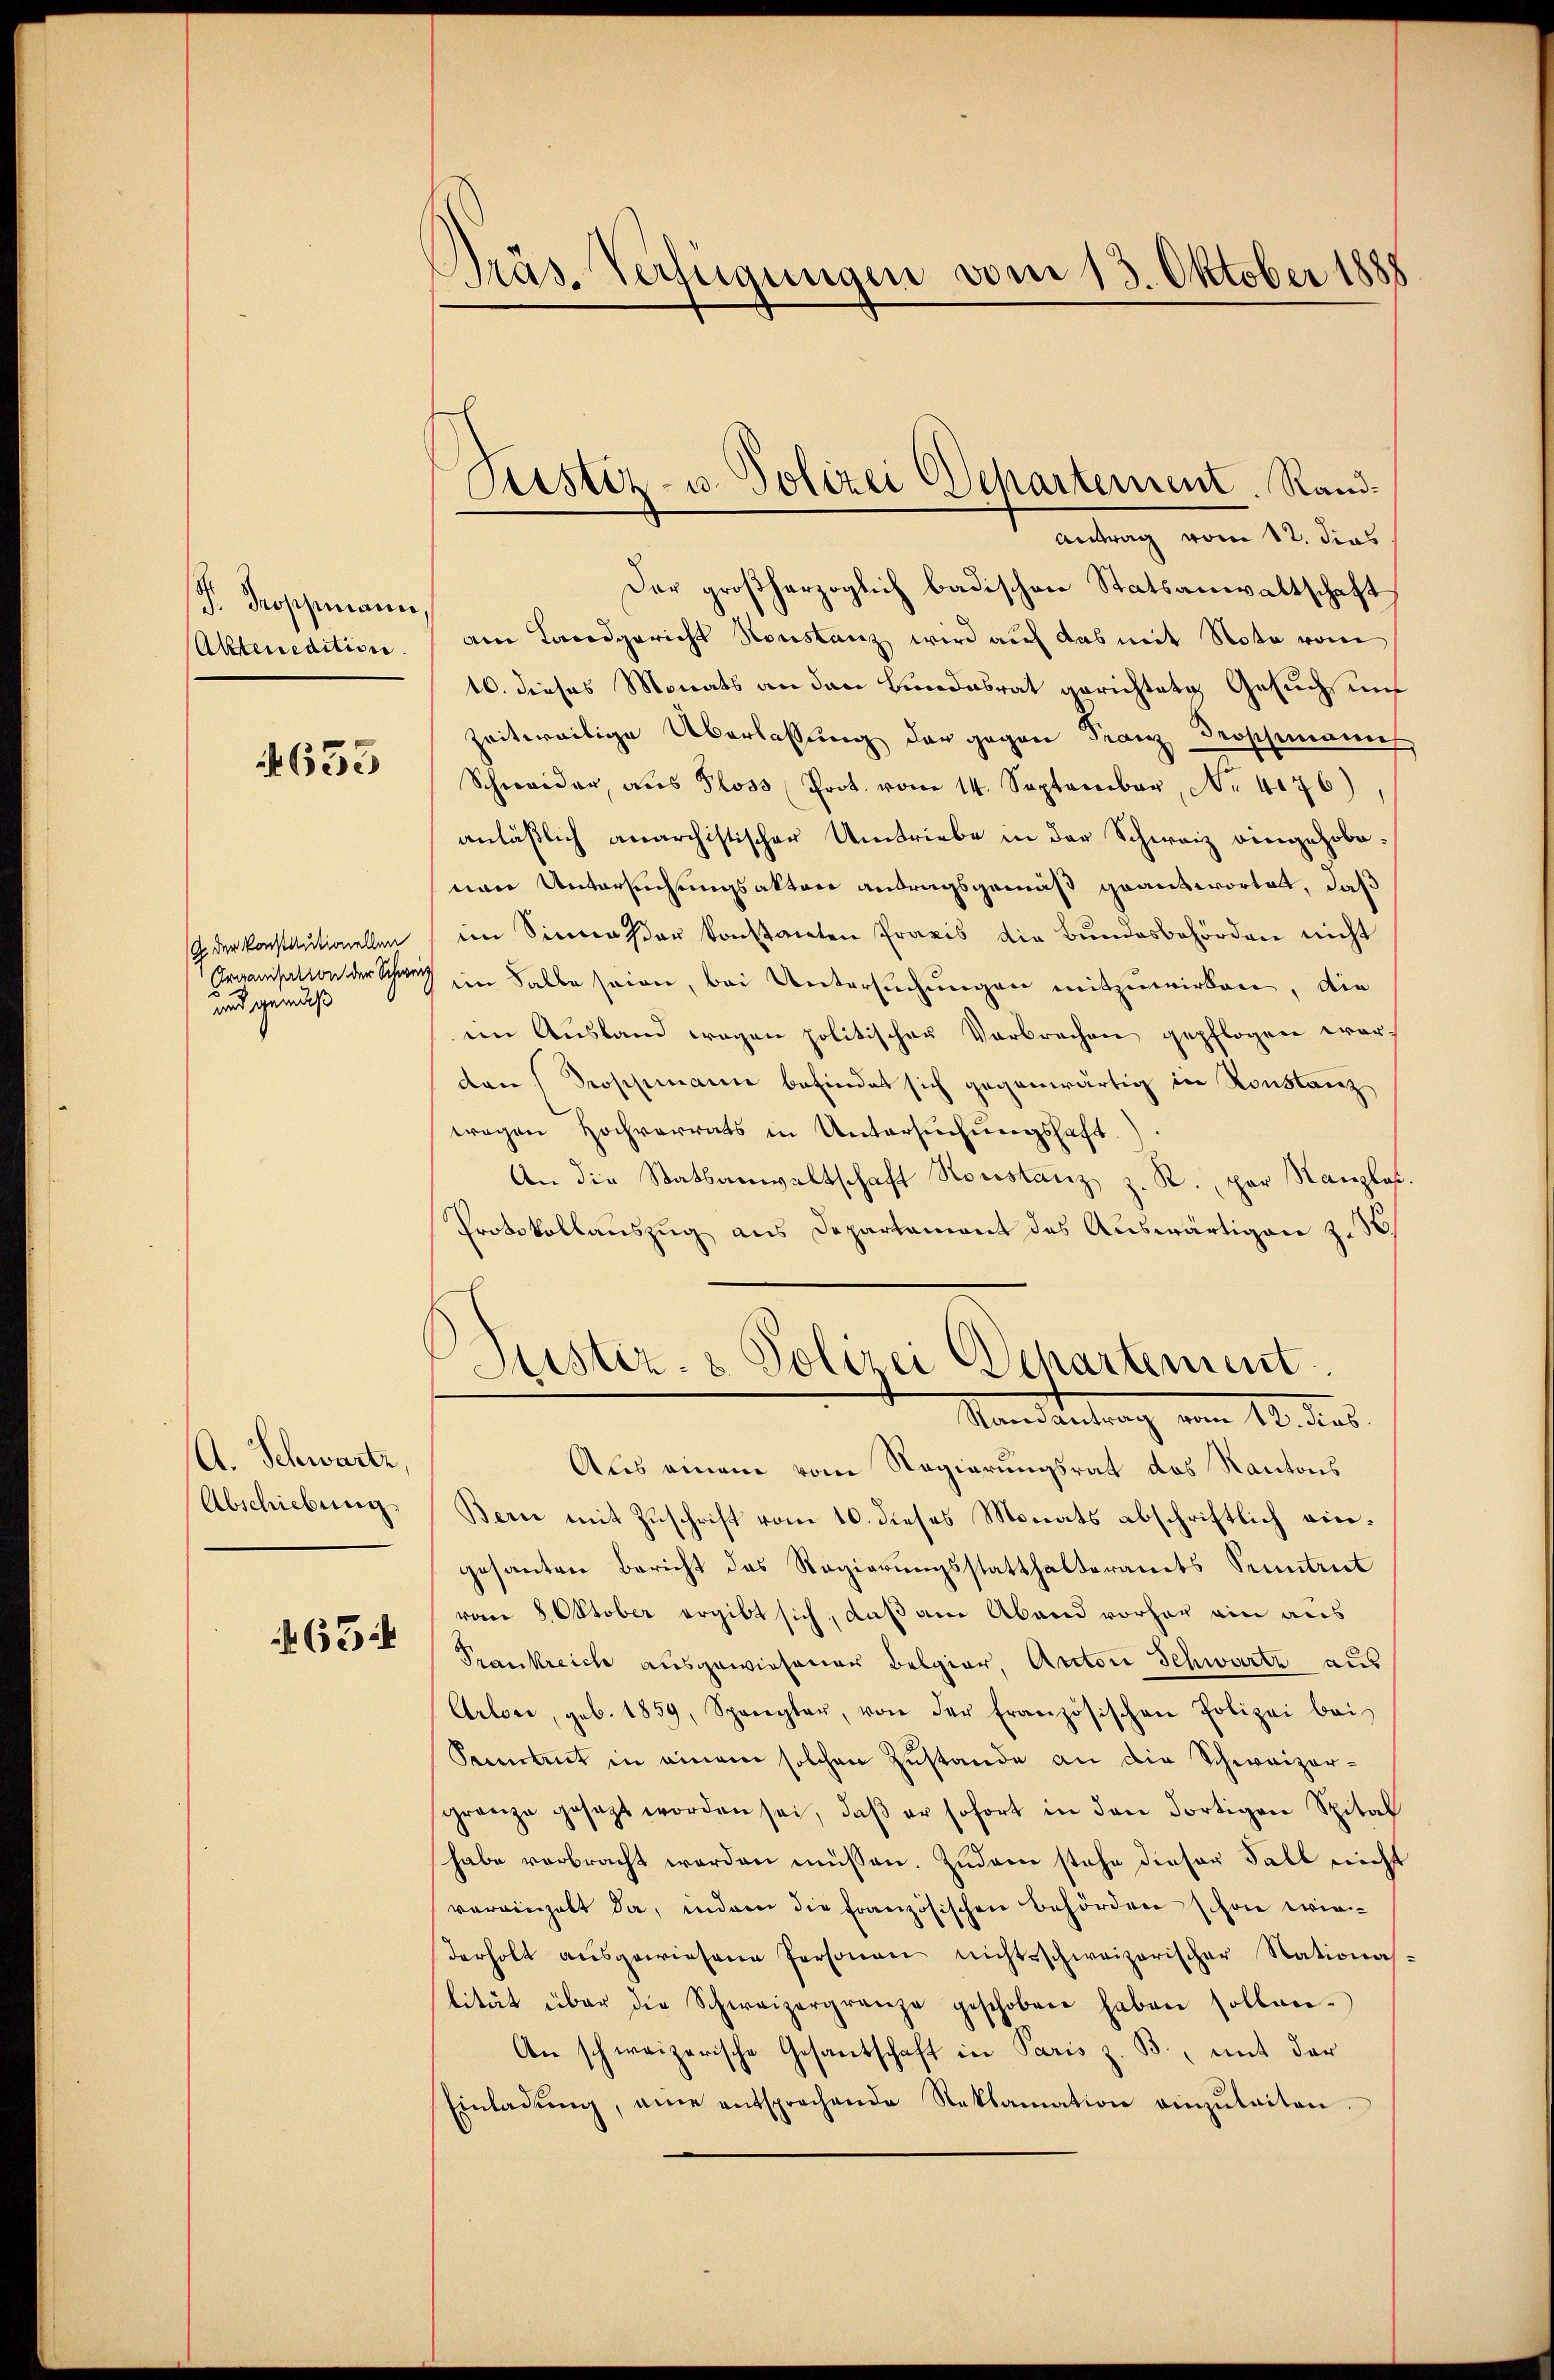
d. Troppmann
(Akten edition.

633

G. der Konstautionellen
Organisation der Schwei
und gemäß

A. Schwartz
Abschiebung.

634

Präs. Verlegungen vom 13. Oktober 1888

Justiz- u. Polizei Departement. Rand¬
Antrag vom 12. dies

Der großherzoglich badischen Statsanwaltschaft
am Landgericht Konstanz wird auf das mit Nota vom
10. dieses Monats an den Bundesrat gerichtete Gesuchs unf
zeitweilige Überlassung der gegen Franz Droschmanns
Schweider, aŭs Ploss Prot. vom 14. September, No. 4176),
anläßlich anarchistischer Umtriebe in der Schweiz eingehobenen Untersuchungsakten antragsgemäß grantwortet, daß
im Sinne der konstanten Praxis die Bundesbehörden nicht
im Salle seien, bei Untersuchungen mitzuwirken, die
im Ausland wegen politischen Verbrechen gepflogen war.
den Proppmann befindet sich gegenwärtig in Konstanz
wegen Hochvorrats in Untersŭchŭngshaft.
An die Statsanwaltschaft Konstanz, z. R. par Kanzlos
Protokollauszug aus Departement des Auswärtigen z. B.
Justiz- & Polizei Departement.
Randantrag vom 12. dies
Aus einem vom Regierungsrat des Kantons
Bern mit Zuschrift vom 10. dieses Monats abschriftlich eingesanten Bericht des Regierungsstatthalterants Seintrit
vom 8. Oktober ergibt sich, daß am Abend vorher ein aus
Prankreich ausgewiesener Belgier, Autor Schwarte aus
Arlon, geb. 1859, Spangler, von der Französischen Polizei bei
Fenstrut in einem solchen Zustande an die Schweizergränze gesezt worden sei, daβ er sofort in den dortigen Spital
habe verbracht werden müssen. Zudem stehe dieser Fall nicht
vereinhalt da, indem die französischen Behörden schon wiederholt aŭsgewiesene Personen nichtsschweizerischer Nationa
lität über die Schweizergrenze geschoben haben sollen.
An schweizerische Gesantschaft in Paris z. B., mit der
Einladŭng, ane entsprechende Reklamation einzŭleiten.